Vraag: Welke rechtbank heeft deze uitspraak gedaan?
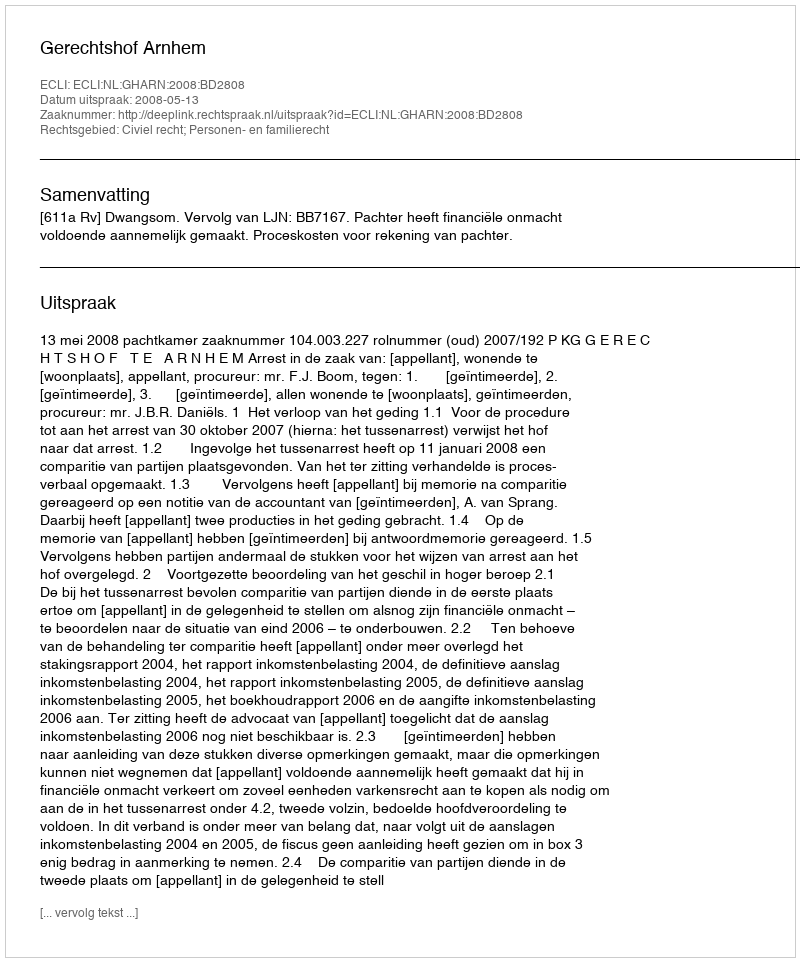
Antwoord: Gerechtshof Arnhem